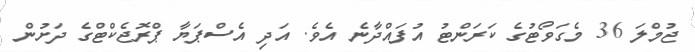
ޖުމްލަ 36 މެގަވޯޓުގެ ކަރަންޓު އުފައްދާނެ އެވެ. އަދި އެސްޕަޔާ ޕްރޮޖެކްޓްގެ ދަށުން